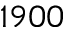
1 9 0 0